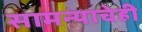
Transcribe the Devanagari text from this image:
सामन्याचेही